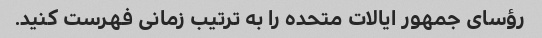
رؤسای جمهور ایالات متحده را به ترتیب زمانی فهرست کنید.